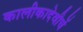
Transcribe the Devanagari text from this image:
कालीकादेवीचें